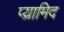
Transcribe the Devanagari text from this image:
प्य्रामिद